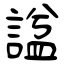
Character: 諡